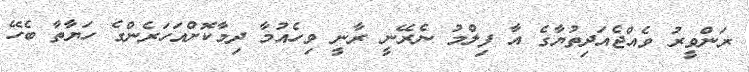
ރަންވީރު ވެއްޖެއަދިތުޔާގެ އާ ފިލްމު ނެރޭނީ ރާނީ ވިހެއުމާ ދިމާކޮށްއަހަރެންގެ ހަޔާތާ ބެހޭ